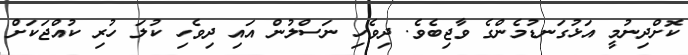
ކޮށްދިނުމީ އަޅުގަނޑުމެންގެ ވާޖިބެވެ. ދިވެހި ނަސްލުން އައި ދިވެހި ކުލަ ހުރި ކުއްޖަކަށް